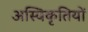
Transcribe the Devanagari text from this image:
अस्विकृतियों